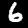
Label: 6